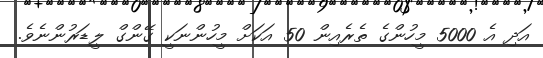
އަދި އެ 5000 މީހުންގެ ތެރެއިން 50 އަކަށް މީހުންނަކީ ގޭންގް ލީޑަރުންނެވެ.